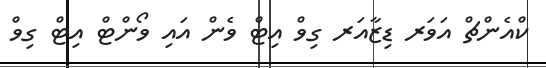
ކްއެންޗް އަވަރ ޑިޒާއަރ ގިވް އިޓް ވެން އައި ވޯންޓް އިޓް ގިވް